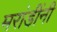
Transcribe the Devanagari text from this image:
मरांडींनी